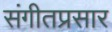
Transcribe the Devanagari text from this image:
संगीतप्रसार